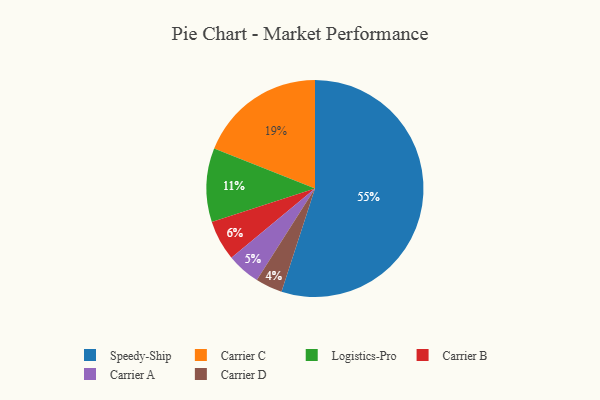
{"axis": {"x": "Category", "y": "Percentage"}, "legend": ["Carrier A", "Carrier B", "Carrier C", "Carrier D", "Logistics-Pro", "Speedy-Ship"], "data": [{"x": "Carrier D", "y": 4, "type": "Carrier D"}, {"x": "Carrier A", "y": 5, "type": "Carrier A"}, {"x": "Speedy-Ship", "y": 55, "type": "Speedy-Ship"}, {"x": "Logistics-Pro", "y": 11, "type": "Logistics-Pro"}, {"x": "Carrier B", "y": 6, "type": "Carrier B"}, {"x": "Carrier C", "y": 19, "type": "Carrier C"}]}